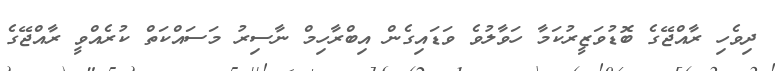
ދިވެހި ރާއްޖޭގެ ބޮޑުވަޒީރުކަމާ ހަވާލުވެ ވަޑައިގެން އިބްރާހިމް ނާސިރު މަސައްކަތް ކުރެއްވީ ރާއްޖޭގެ